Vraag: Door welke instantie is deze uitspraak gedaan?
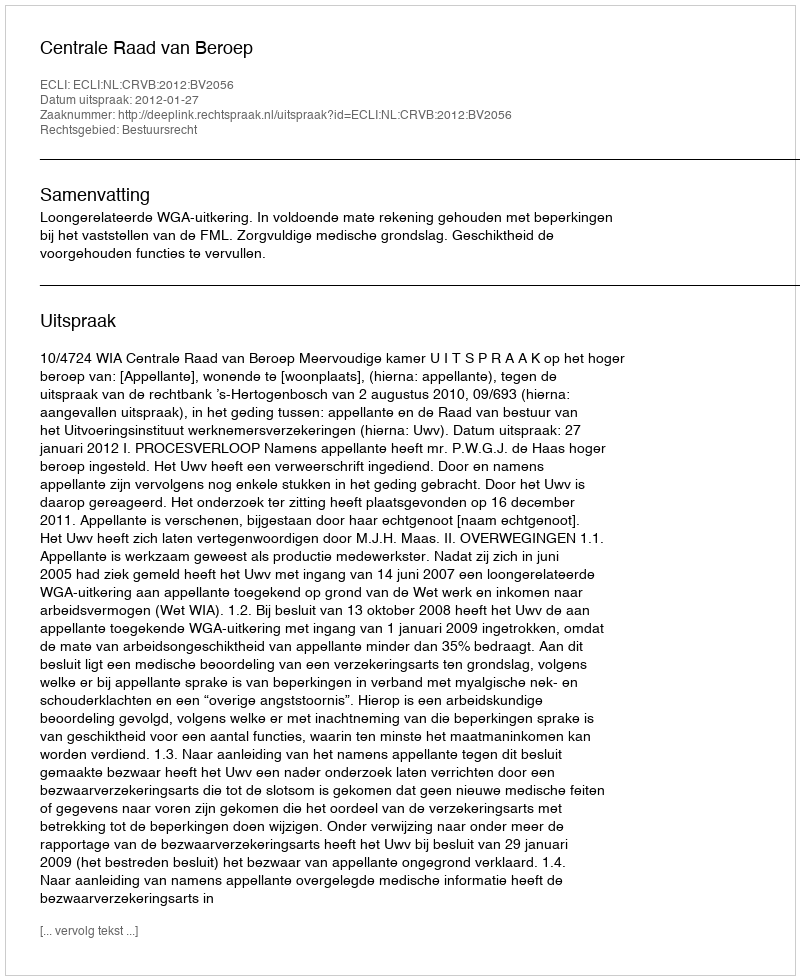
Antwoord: Centrale Raad van Beroep